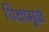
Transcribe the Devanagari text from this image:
शिक्षांमुळे